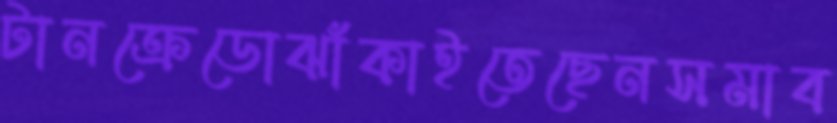
টানক্রেডোঝাঁকাইতেছেনসমাব